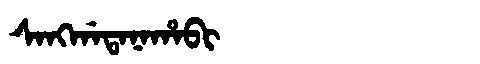
Manchu: ᠰᠠᠩᡤᠠᡨᠠᠨᠠᡥᠠᠪᡳ
Romanization: SANGGATANAHABI